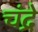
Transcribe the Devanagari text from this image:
चंद्रे